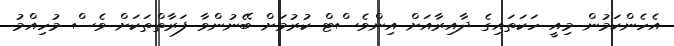
އެހެންކަމުން މިއީ ހަކަތައިގެ ދާއިރާއަށް އިންވެސްޓް ކުރުމަށް ބޭނުންވާ ފަރާތްތަކަށް ވެސް މުހިއްމު